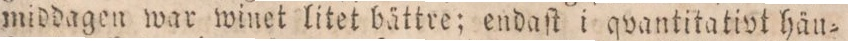
middagen war winet litet bättre; endaſt i qvantitativt häu=